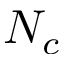
N _ { c }